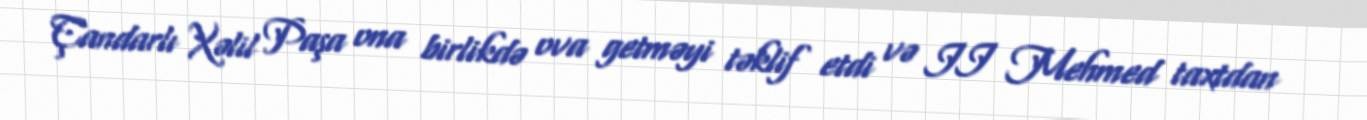
Çandarlı Xəlil Paşa ona birlikdə ova getməyi təklif etdi və II Mehmed taxtdan